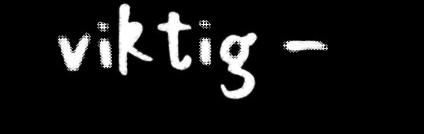
viktig -